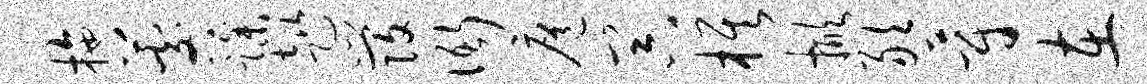
拖晷躁趑发衙扈器旗掀敢蔚在